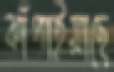
ঝাঁপাইয়াছে